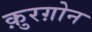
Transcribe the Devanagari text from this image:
क़ुरग़ोन